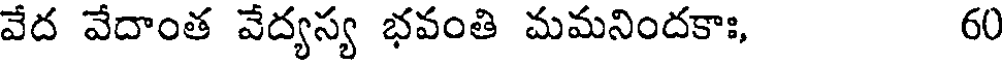
వేద వేదాంత వేద్యస్య భవంతి మమనిందకాః, 60